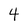
Character: 4